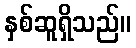
နှစ်ဆူရှိသည်။